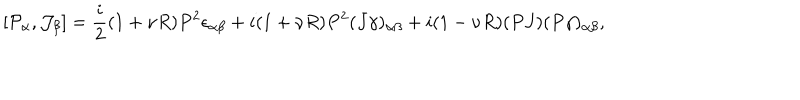
[ { \cal P } _ { \alpha } , { \cal J } _ { \beta } ] = \frac { i } { 2 } ( 1 + \nu R ) P ^ { 2 } \epsilon _ { \alpha \beta } + i ( 1 + \nu R ) P ^ { 2 } ( J \gamma ) _ { \alpha \beta } + i ( 1 - \nu R ) ( P J ) ( P \gamma ) _ { \alpha \beta } ,